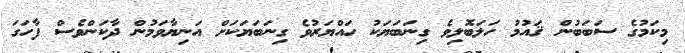
މިކަމުގެ ސަބަބުން ޤައުމު ހަލަބޮލިވެ ގިނަބަޔަކު ހައްޔަރުވެ ގިނަބަޔަކަށް އަނިޔާވަމުން ދާކަންވެސް ފާހަގަ